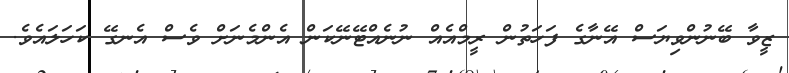
ޒީވާ ބޭނުންވިޔަސް އޭނާގެ ފަހަތުން ރީމްއެއް ނުނެއްޓޭނޭކަން އެންމެނަށް ވެސް އެނގޭ ކަހަލައެވެ.